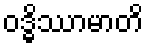
ဝဒ္ဓိဿာမာတိ